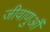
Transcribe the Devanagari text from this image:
जीवाणुऔं